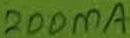
Text: 200mA